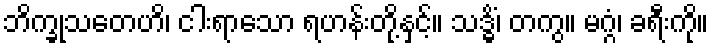
ဘိက္ခုသတေဟိ၊ ငါးရာသော ရဟန်းတို့နှင့်။ သဒ္ဓိံ၊ တကွ။ မဂ္ဂံ၊ ခရီးကို။